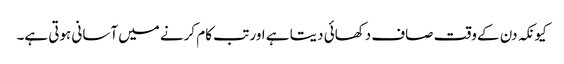
کیونکہ دن کے وقت صاف دکھائی دیتا ہے اور تب کام کرنے میں آسانی ہوتی ہے۔